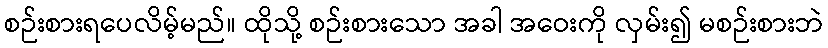
စဉ်းစားရပေလိမ့်မည်။ ထိုသို့ စဉ်းစားသော အခါ အဝေးကို လှမ်း၍ မစဉ်းစားဘဲ